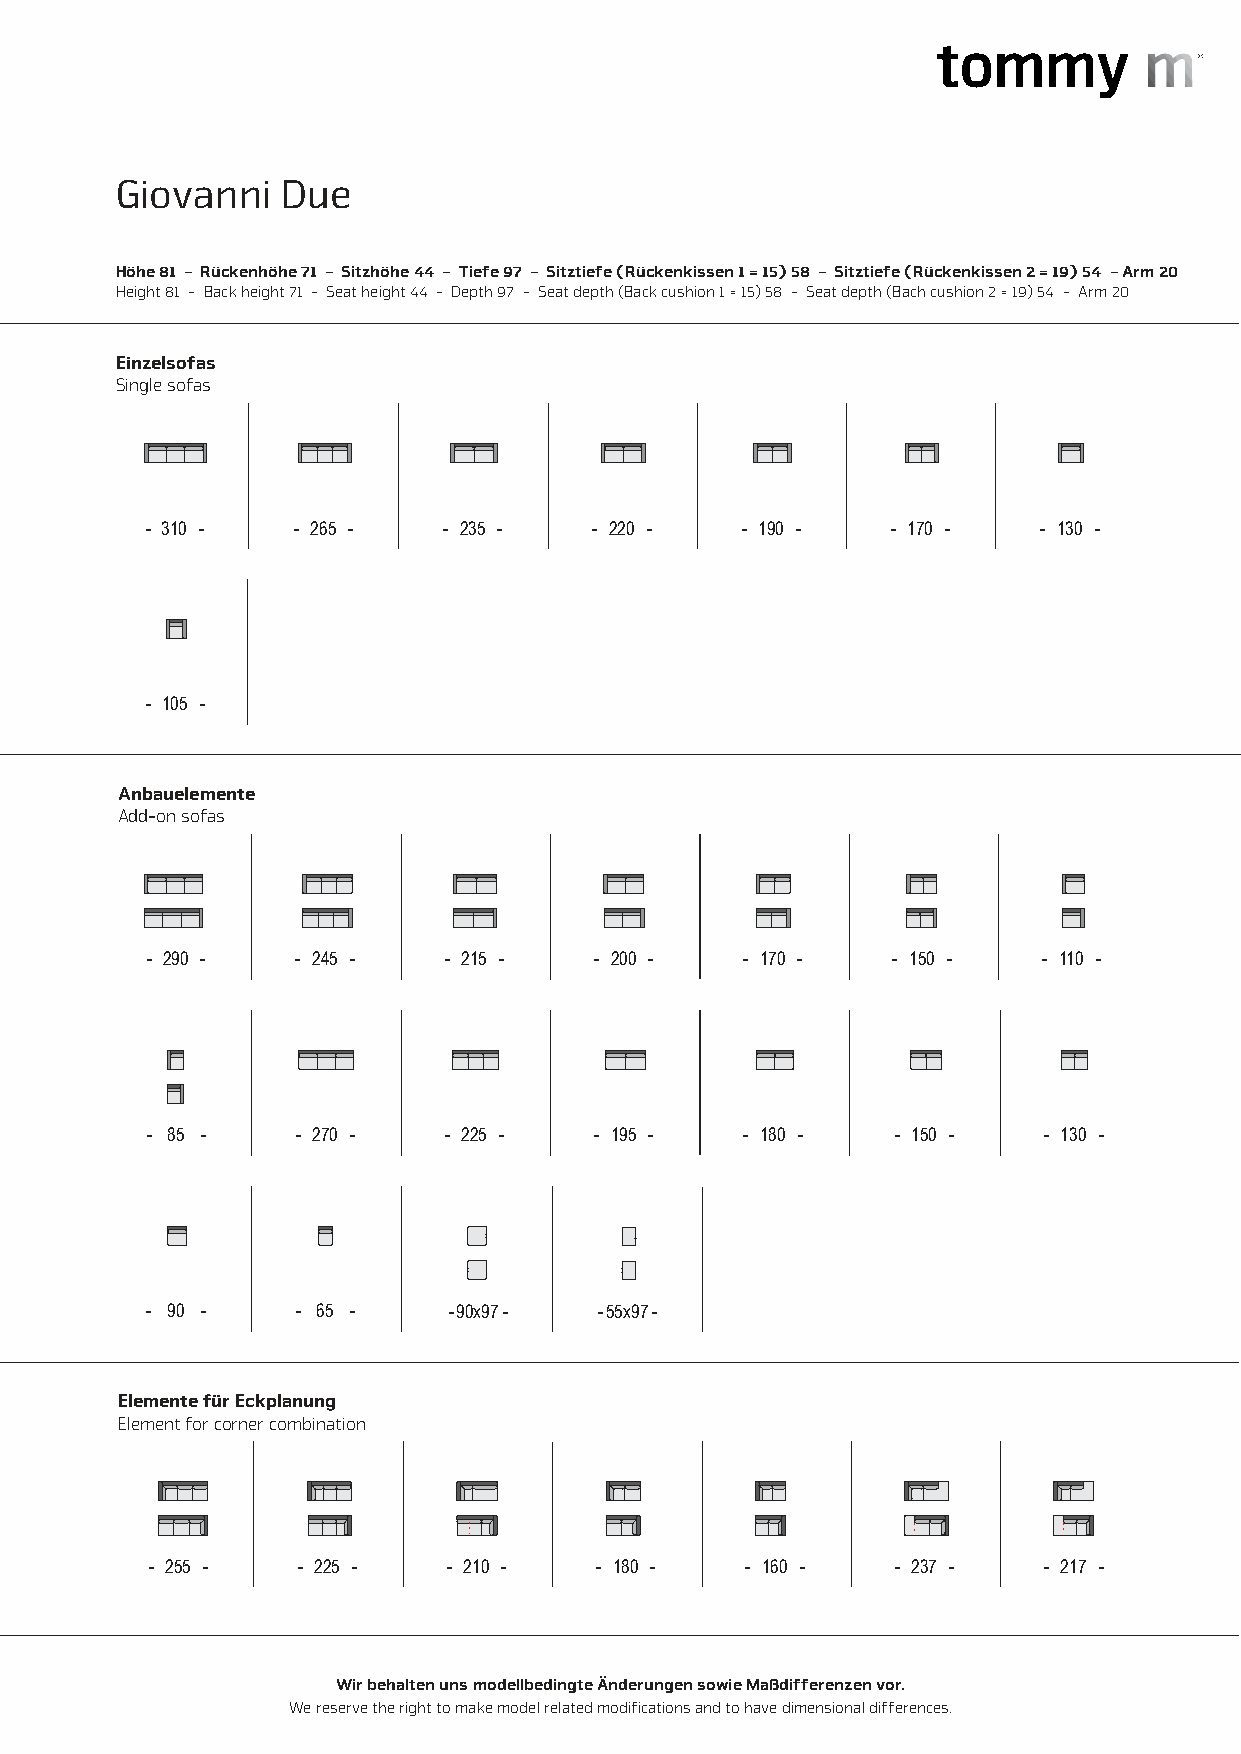
Giovanni   Due
 Höhe 81 - Rückenhöhe 71 - Sitzhöhe 44 - Tiefe 97 - Sitztiefe (Rückenkissen 1 = 15) 58 - Sitztiefe (Rückenkissen 2 = 19) 54 - Arm 20
 Height 81 - Back height 71 - Seat height 44 - Depth 97 - Seat depth (Back cushion 1 = 15) 58 - Seat depth (Bach cushion 2 = 19) 54 - Arm 20
 Einzelsofas
 Single sofas
 - 310 -   - 265 -  - 235 -   - 220 -   - 190 -   - 170 -   - 130 -
 - 105 -
 Anbauelemente
 Add-on sofas
 - 290 -   - 245 -  - 215 -   - 200 -   - 170 -   - 150 -   - 110 -
 - 85 -    - 270 -  - 225 -   - 195 -   - 180 -   - 150 -   - 130 -
 - 90 -    - 65 -    - 90x97 - - 55x97 -
 Elemente für Eckplanung
 Element for corner combination
 - 255 -   - 225 -   - 210 -  - 180 -   - 160 -   - 237 -   - 217 -
 Wir behalten uns modellbedingte Änderungen sowie Maßdifferenzen vor.
 We reserve the right to make model related modifications and to have dimensional differences.